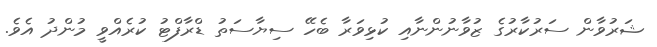
ޝަރުވާން ސަރުކާރުގެ ޒުވާނުންނާއި ކުޅިވަރާ ބެހޭ ސިޔާސަތު ޑްރާފްޓު ކުރެއްވީ މުންދު އެވެ.